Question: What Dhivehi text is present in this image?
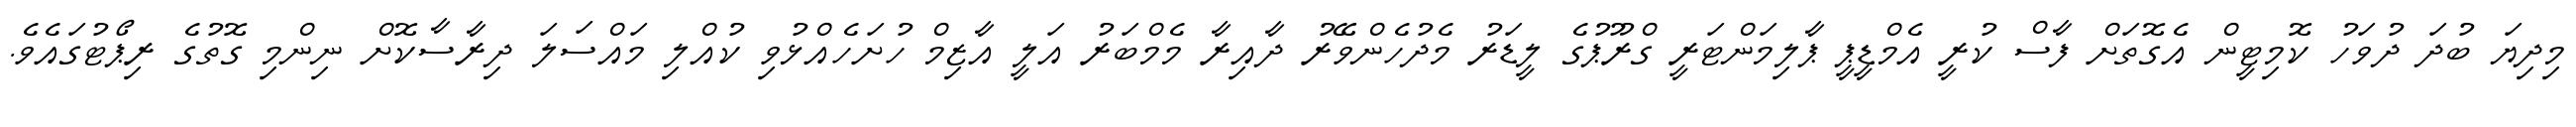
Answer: މިދިޔަ ބުދަ ދުވަހު ކޮމިޓީން އެގޮތަށް ފާސް ކުރީ އެމްޑީޕީ ޕާލިމަންޓަރީ ގްރޫޕުގެ ލީޑަރު މެދުހެންވޭރު ދާއިރާ މެމްބަރު އަލީ އާޒިމް ހުށަހެއްޅުވި ކުއްލި މައްސަލަ ދިރާސާކޮށް ނިންމި ގޮތުގެ ރިޕޯޓުގައެވެ.